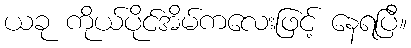
ယခု ကိုယ်ပိုင်အိမ်ကလေးဖြင့် နေရပြီ။